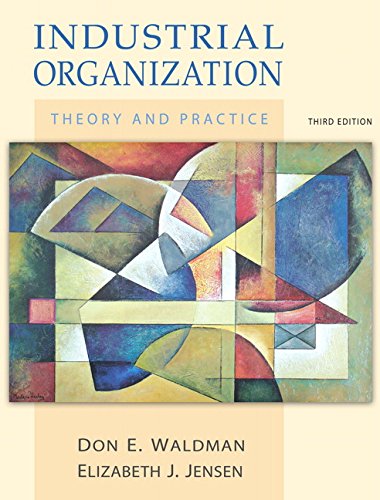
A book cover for Industrial Organization: Theory and Practice (3rd Edition); Don E. Waldman; Business & Money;